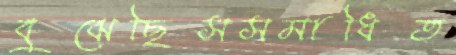
বুঝেছিসসমাধিত